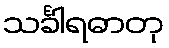
သင်္ခါရဓာတု